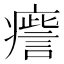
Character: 𤺒